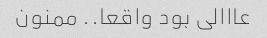
عااالی بود واقعا.. ممنون